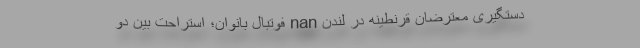
دستگیری معترضان قرنطینه در لندن nan فوتبال بانوان؛ استراحت بین دو